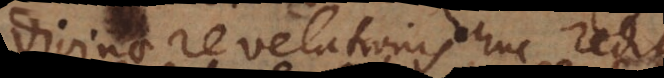
divinae revelationis huc redit,